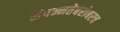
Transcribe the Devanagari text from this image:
संपन्नतेबरोबरच